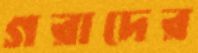
গরাদের